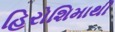
હિરોશિમાથી